NAE_Eesti_seltside_protokollid_1900-1917, lk 6
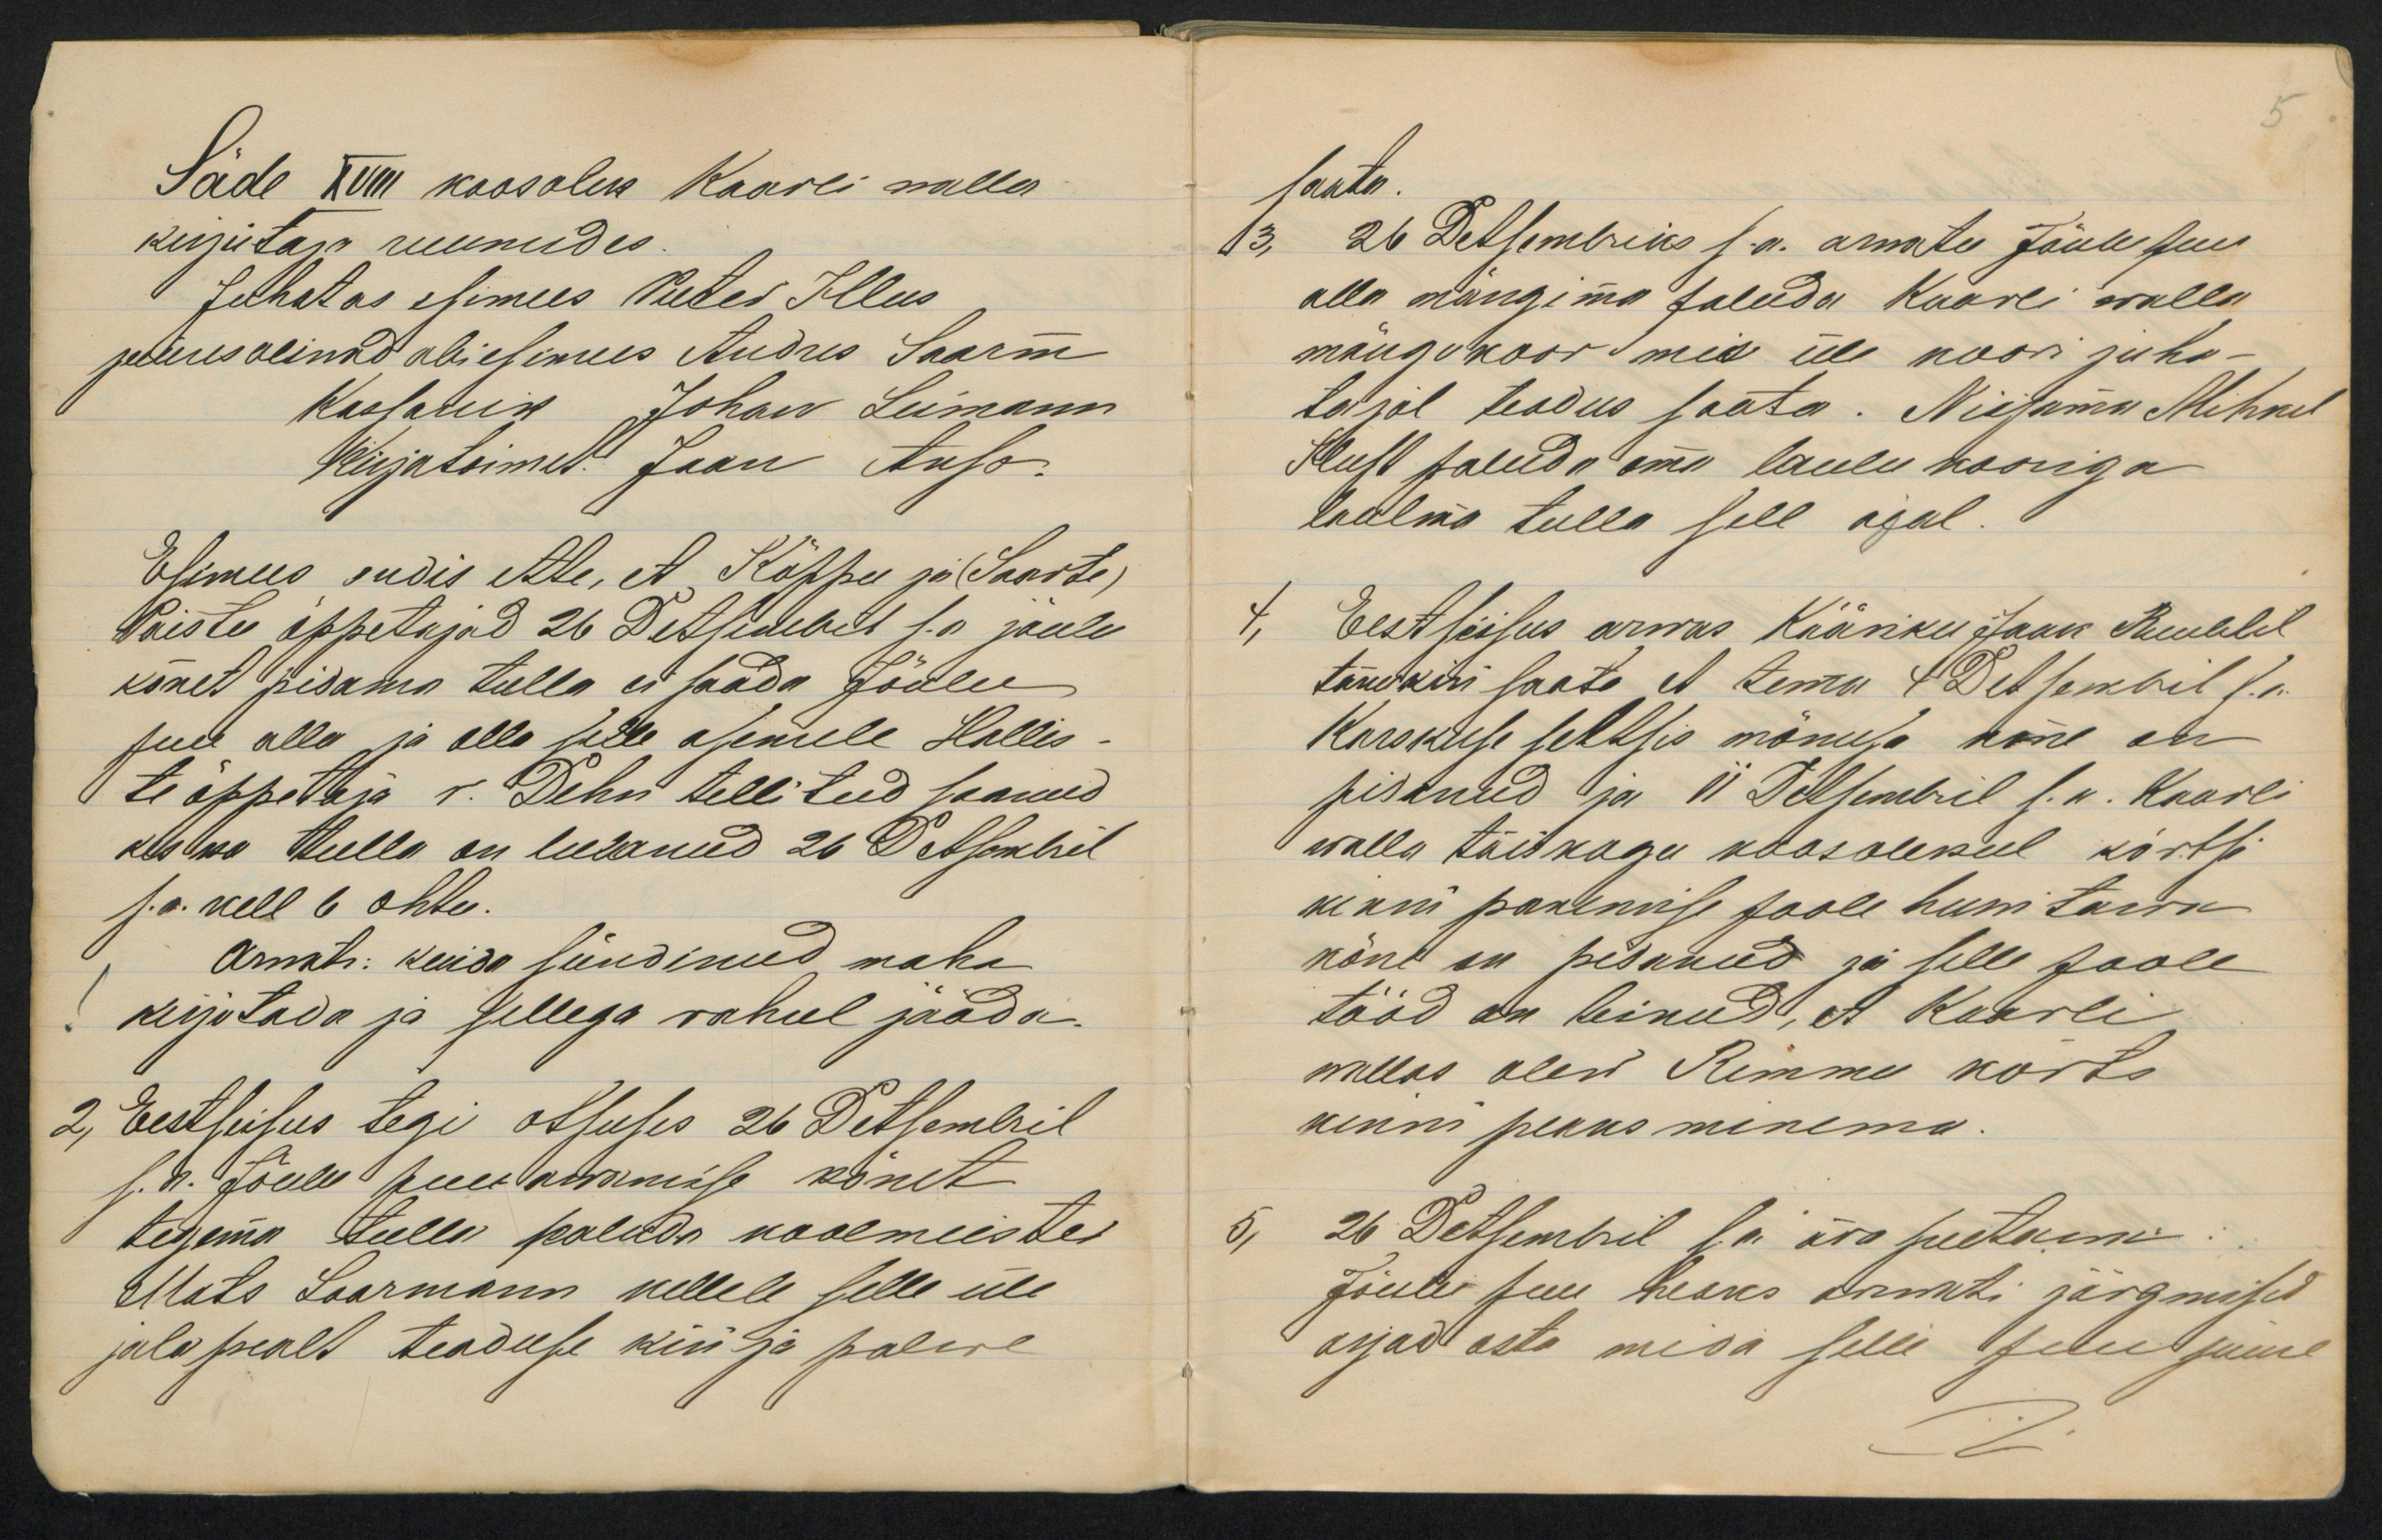
Säde XVIII koosolek Kaarli walla
kirjutaja ruumides.
Esimees andis ette, et Kõppu ja (Saarts)
Paistu õppetajad 26 Detsembril s.a jõulu
kõnet pidama tulla ei saada Jõulu
puu alla ja olla selle asemele Hallis-
te õppetaja v. Dehn tellitud saanud
kes ka tulla on teatanud 26 Detsembril
s.a. kell 6 õhtu.
Arwati: kuida sündinud maha
kirjutada ja sellega rahul jääda.
2, Eestseisus tegi otsuses 26 Detsembril
s. a. Jõulu puu awamise kõnet
tegema tulla paluda koolmeister
Mats Saarmann kellele selle üle
jalapealt teaduse kiri ja palwe

saata.
26 Detsembriks s.a. arwata Jõulu puu
alla mängima paluda Kaarli walla
mängukoor mis üle koori juha-
tajal teadus saata. Niisama Mihkel
Kust paluda oma laulu kooriga
laulma tulla sell ajal.
Eestseisus arwas Kääriku Jaan Ruublel
tänukiri saata et tema 1 Detsembril s.a.
Karskuse seltsis mõnusa kõne on
pidanud ja 11 Detsembril s.a. Kaarli
walla täiskogu koosolekul kõrtsi
kinni panemise poole huwitawa
kõne on pidanud ja selle poole
tööd on teinud, et Kaarli
wallas olew Rimmu kõrts
kinni peaks minema.
26 Detsembril s.a. ära peetawa
Jõulu puu heaks arwati järgmised
asjad osta mida selle puu juure